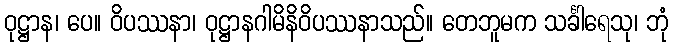
ဝုဋ္ဌာန၊ ပေ။ ဝိပဿနာ၊ ဝုဋ္ဌာနဂါမိနိဝိပဿနာသည်။ တေဘူမက သင်္ခါရေသု၊ ဘုံ